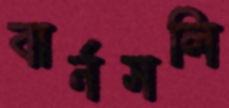
বার্নসলি